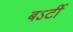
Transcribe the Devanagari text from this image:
बऽर्टी